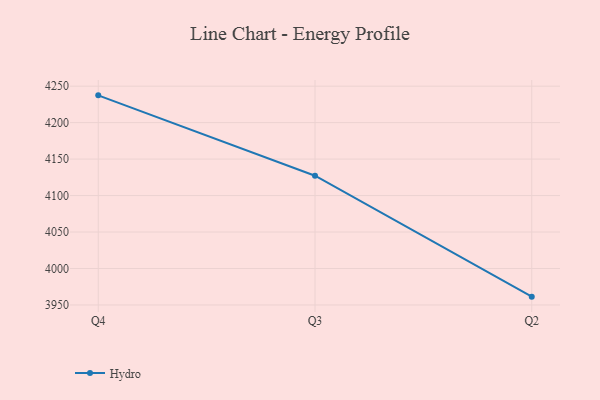
{"axis": {"x": "Quarter", "y": "Net Income (USD K)"}, "legend": ["Hydro"], "data": [{"x": "Q4", "y": 4237.4, "type": "Hydro"}, {"x": "Q3", "y": 4127.2, "type": "Hydro"}, {"x": "Q2", "y": 3961.4, "type": "Hydro"}]}